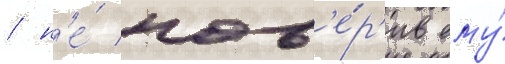
/ н'е́ пов'е́р'ив ему́